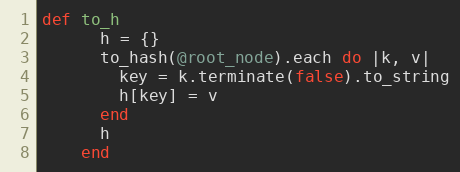
Language: Ruby
def to_h
      h = {}
      to_hash(@root_node).each do |k, v|
        key = k.terminate(false).to_string
        h[key] = v
      end
      h
    end